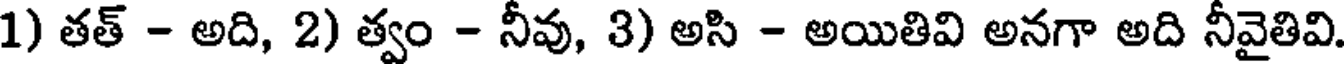
1) తత్ - అది, 2) త్వం - నీవు, 3) అసి - అయితివి అనగా అది నీవైతివి.